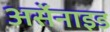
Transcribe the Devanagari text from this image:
अर्सेनाइड